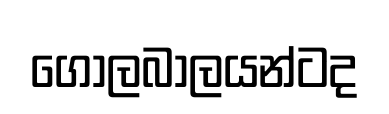
ගෝලබාලයන්ටද